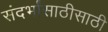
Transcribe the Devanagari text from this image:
संदर्भांसाठीसाठी